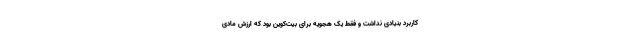
کاربرد بنیادی نداشت و فقط یک هجویه برای بیت‌کوین بود که ارزش مادی